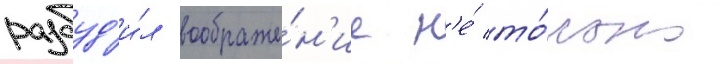
разбуд'и́л воображе́н'ие н'е́ то́лько